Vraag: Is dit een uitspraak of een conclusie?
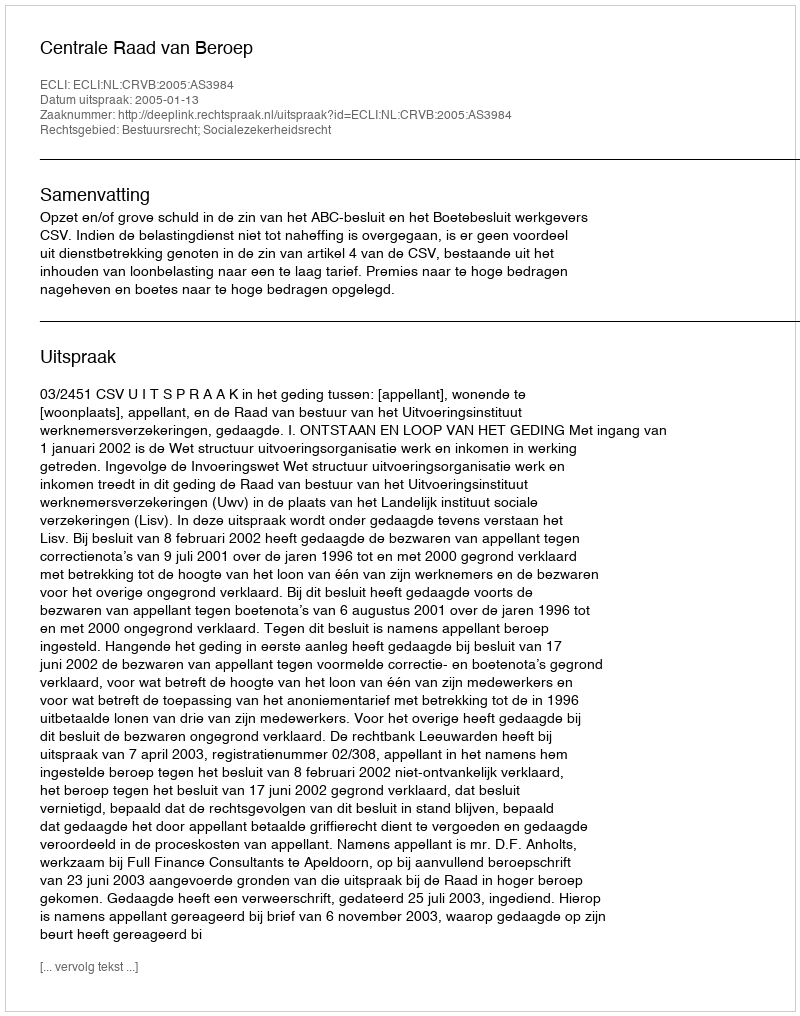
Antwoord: Uitspraak